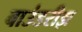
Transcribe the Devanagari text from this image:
बाउंडरीझ